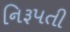
નિરૂપતી